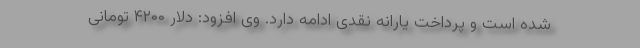
شده است و پرداخت یارانه نقدی ادامه دارد. وی افزود: دلار ۴۲۰۰ تومانی